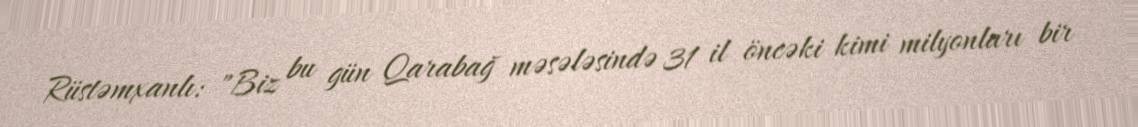
Rüstəmxanlı: "Biz bu gün Qarabağ məsələsində 31 il öncəki kimi milyonları bir